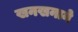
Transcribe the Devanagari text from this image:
खनखनाने